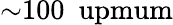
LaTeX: {\sim}100~\mathrm{\ upmum}